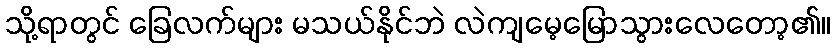
သို့ရာတွင် ခြေလက်များ မသယ်နိုင်ဘဲ လဲကျမေ့မြောသွားလေတော့၏။